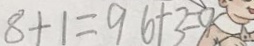
8 + 1 = 9 6 + 3 = 9